Report of the Hyderabad Chloroform Commission
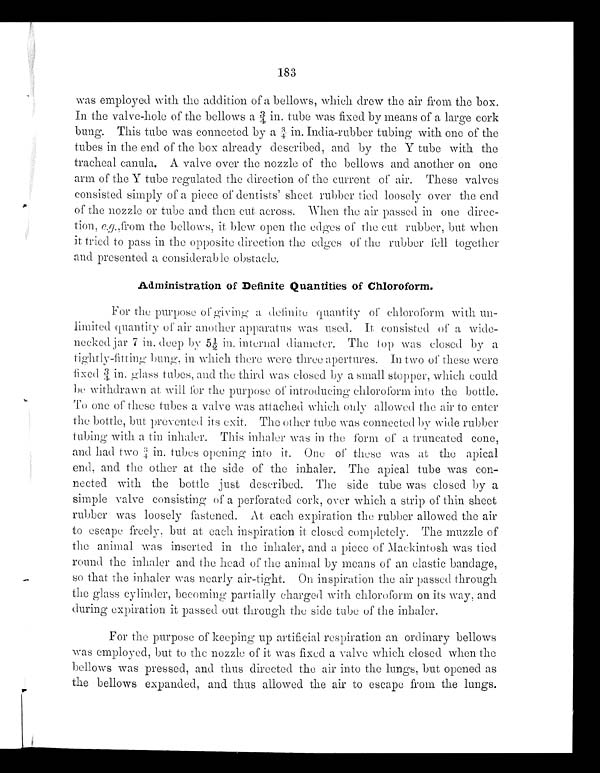
183
was employed with the addition of a bellows, which drew the air from the box.
In the valve-hole of the bellows a ¾ in. tube was fixed by means of a large cork
bung. This tube was connected by a ¾ in. India-rubber tubing with one of the
tubes in the end of the box already described, and by the Y tube with the
tracheal canula. A valve over the nozzle of the bellows and another on one
arm of the Y tube regulated the direction of the current of air. These valves
consisted simply of a piece of dentists' sheet rubber tied loosely over the end
of the nozzle or tube and then cut across. When the air passed in one direc-
tion, eg.,from the bellows, it blew open the edges of the cut rubber, but when
it tried to pass in the opposite direction the edges of the rubber fell together
and presented a considerable obstacle.
Administration of Definite Quantities of Chloroform.
For the purpose of giving a definite quantity of chlororrn with
unlimited quantity of air another apparatus was used. It consisted of a wide-
necked jar 7 in. deep by 5½ in. internal diameter. The top was closed by a
tightly-hitting bung. in which there were three apertures. In two of these were
fixed ¾ in. glass tubes, and the third was closed by a small stopper, which could
be withdrawn at will for the purpose of introducing chloroform into the bottle.
To one of these tubes a valve was attached which oney allowed the air to enter
the bottle, but prevented its exit. The other tube was connected by wide rubber
tubing with a tin inhaler. This inhaler was in the form of a truncated cone,
and had two ¾ in. tubes opening into it. One of these was at the apical
end, and the other at the side of the inhaler. The apical tube was con-
nected with the bottle just described. The side tube was closed by a
simple valve consisting of a perforated cork, over which a strip of thin sheet
rubber was loosely fastened. At each expiration the rubber allowed the air
to escape freely, but at each inspiration it closed completely. The muzzle of
the animal was inserted in the inhaler, and a piece of Mackintosh was tied
round the inhaler and the head of the animal by means of an elastic bandage,
so that the inhaler was nearly air-tight. On inspiration the air passed through
the glass cylinder, becoming partially charged with chloroform on its way, and
during expiration it passed out through the side tube of the inhaler.
For the purpose of keeping up artificial respiration an ordinary bellows
was employed, but to the nozzle of it was fixed a valve which closed when the
bellows was pressed, and thus directed the air into the lungs, but opened as
the bellows expanded, and thus allowed the air to escape from the lungs.